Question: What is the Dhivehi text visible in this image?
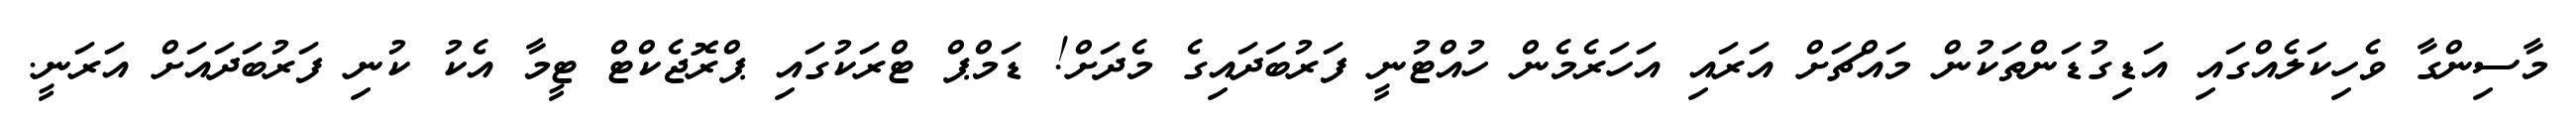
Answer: މާސިންގާ ވެހިކަލެއްގައި އަޑިގުޑަންތަކުން މައްޗަށް އަރައި އަހަރެމެން ހުއްޓުނީ ފަރުބަދައިގެ މެދަށް! ޑަމްޕް ޓްރަކުގައި ޕްރޮޖެކްޓް ޓީމާ އެކު ކުނި ފަރުބަދައަށް އަރަނީ.